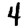
Digit: 4